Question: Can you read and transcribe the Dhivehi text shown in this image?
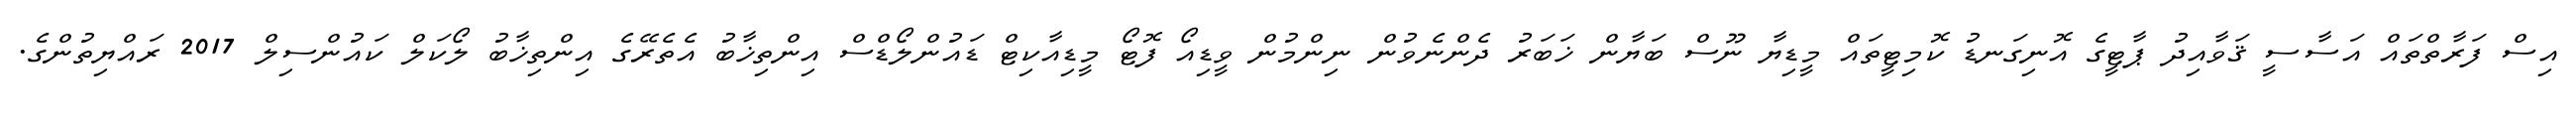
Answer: އިސް ފަރާތްތައް އަސާސީ ޤަވާއިދު ޕާޓީގެ އޮނިގަނޑު ކޮމިޓީތައް މީޑިޔާ ނޫސް ބަޔާން ޚަބަރު ދެންނެވުން ނިންމުން ވީޑިއޯ ފޮޓޯ މީޑިއާކިޓް ޑައުންލޯޑްސް އިންތިޚާބު އެތެރޭގެ އިންތިޚާބު ލޯކަލް ކައުންސިލް 2017 ރައްޔިތުންގެ.